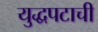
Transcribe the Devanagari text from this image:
युद्धपटाची